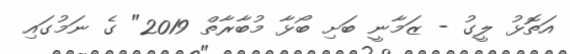
އަތޮޅު ލީގު - ޒަމާނީ ބަށި ބޯޅާ މުބާރާތް 2019" ގެ ނަމުގައި